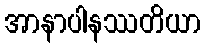
အာနာပါနဿတိယာ